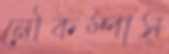
নৌকম্পাস